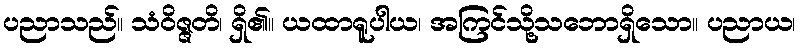
ပညာသည်။ သံဝိဇ္ဇတိ၊ ရှိ၏။ ယထာရူပါယ၊ အကြင်သို့သဘောရှိသော။ ပညာယ၊